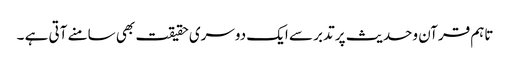
تاہم قرآن وحدیث پر تدبر سے ایک دوسری حقیقت بھی سامنے آتی ہے ۔